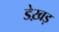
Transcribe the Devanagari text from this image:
डेख़ड़